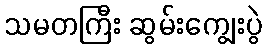
သမတကြီး ဆွမ်းကျွေးပွဲ